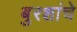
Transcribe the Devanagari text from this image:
बुरशांचे